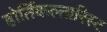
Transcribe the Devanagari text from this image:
होर्तिकल्तारिस्ट